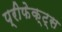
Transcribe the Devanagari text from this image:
प्रीफेक्ट्स